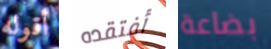
أقوله أفتقده بضاعة